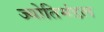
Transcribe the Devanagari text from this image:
ज्योतिमंडल